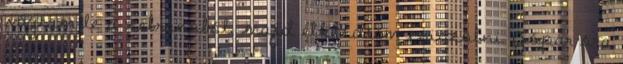
vágtam le a zebránóból, majd elkezdtem csiszolni. Jópár óra